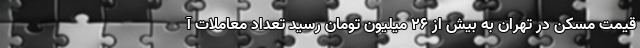
قیمت مسکن در تهران به بیش از ۲۶ میلیون تومان رسید تعداد معاملات آ